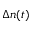
\Delta n ( t )